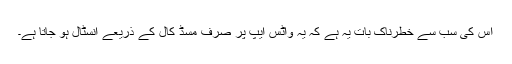
اس کی سب سے خطرناک بات یہ ہے کہ یہ واٹس ایپ پر صرف مسڈ کال کے ذریعے انسٹال ہو جاتا ہے۔